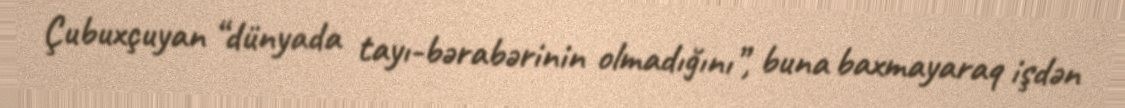
Çubuxçuyan “dünyada tayı-bərabərinin olmadığını”, buna baxmayaraq işdən